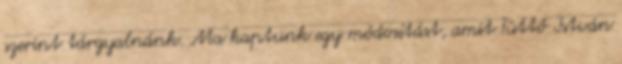
szerint tárgyalnánk. Ma kaptunk egy módosítást, amit Tüttő István